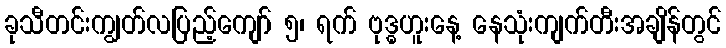
ခုသီတင်းကျွတ်လပြည့်ကျော် ၅၊ ရက် ဗုဒ္ဓဟူးနေ့ နေသုံးကျက်တီးအချိန်တွင်